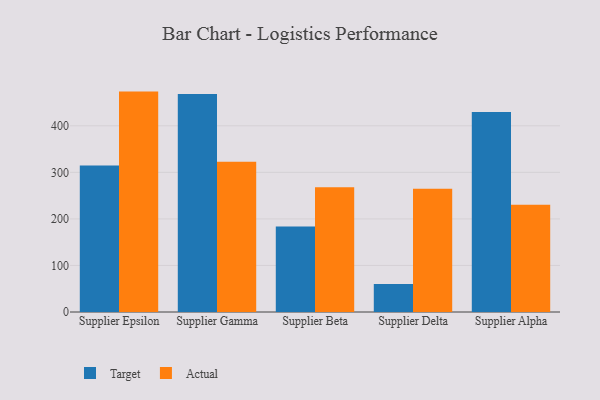
{"axis": {"x": "Supplier", "y": "Churn Rate (%)"}, "legend": ["Actual", "Target"], "data": [{"x": "Supplier Epsilon", "y": 314.8, "type": "Target"}, {"x": "Supplier Epsilon", "y": 473.5, "type": "Actual"}, {"x": "Supplier Gamma", "y": 468.5, "type": "Target"}, {"x": "Supplier Gamma", "y": 323.0, "type": "Actual"}, {"x": "Supplier Beta", "y": 183.5, "type": "Target"}, {"x": "Supplier Beta", "y": 268.2, "type": "Actual"}, {"x": "Supplier Delta", "y": 60.2, "type": "Target"}, {"x": "Supplier Delta", "y": 264.8, "type": "Actual"}, {"x": "Supplier Alpha", "y": 429.6, "type": "Target"}, {"x": "Supplier Alpha", "y": 230.6, "type": "Actual"}]}